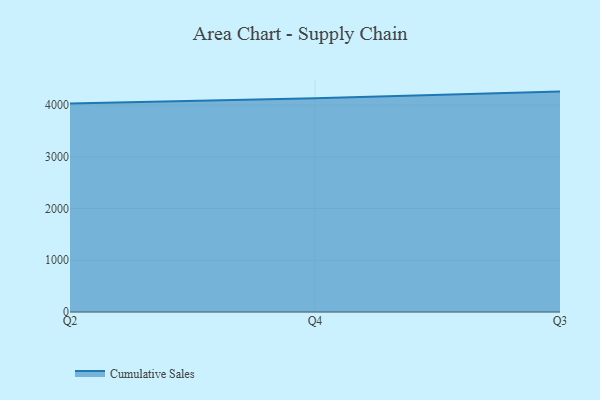
{"axis": {"x": "Quarter", "y": "Humidity (%)"}, "legend": ["Cumulative Sales"], "data": [{"x": "Q2", "y": 4030.6, "type": "Cumulative Sales"}, {"x": "Q4", "y": 4131.8, "type": "Cumulative Sales"}, {"x": "Q3", "y": 4262.1, "type": "Cumulative Sales"}]}